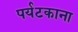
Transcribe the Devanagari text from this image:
पर्यटकाना